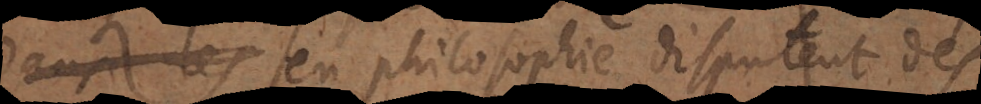
ecoliers en philosophie disputent des